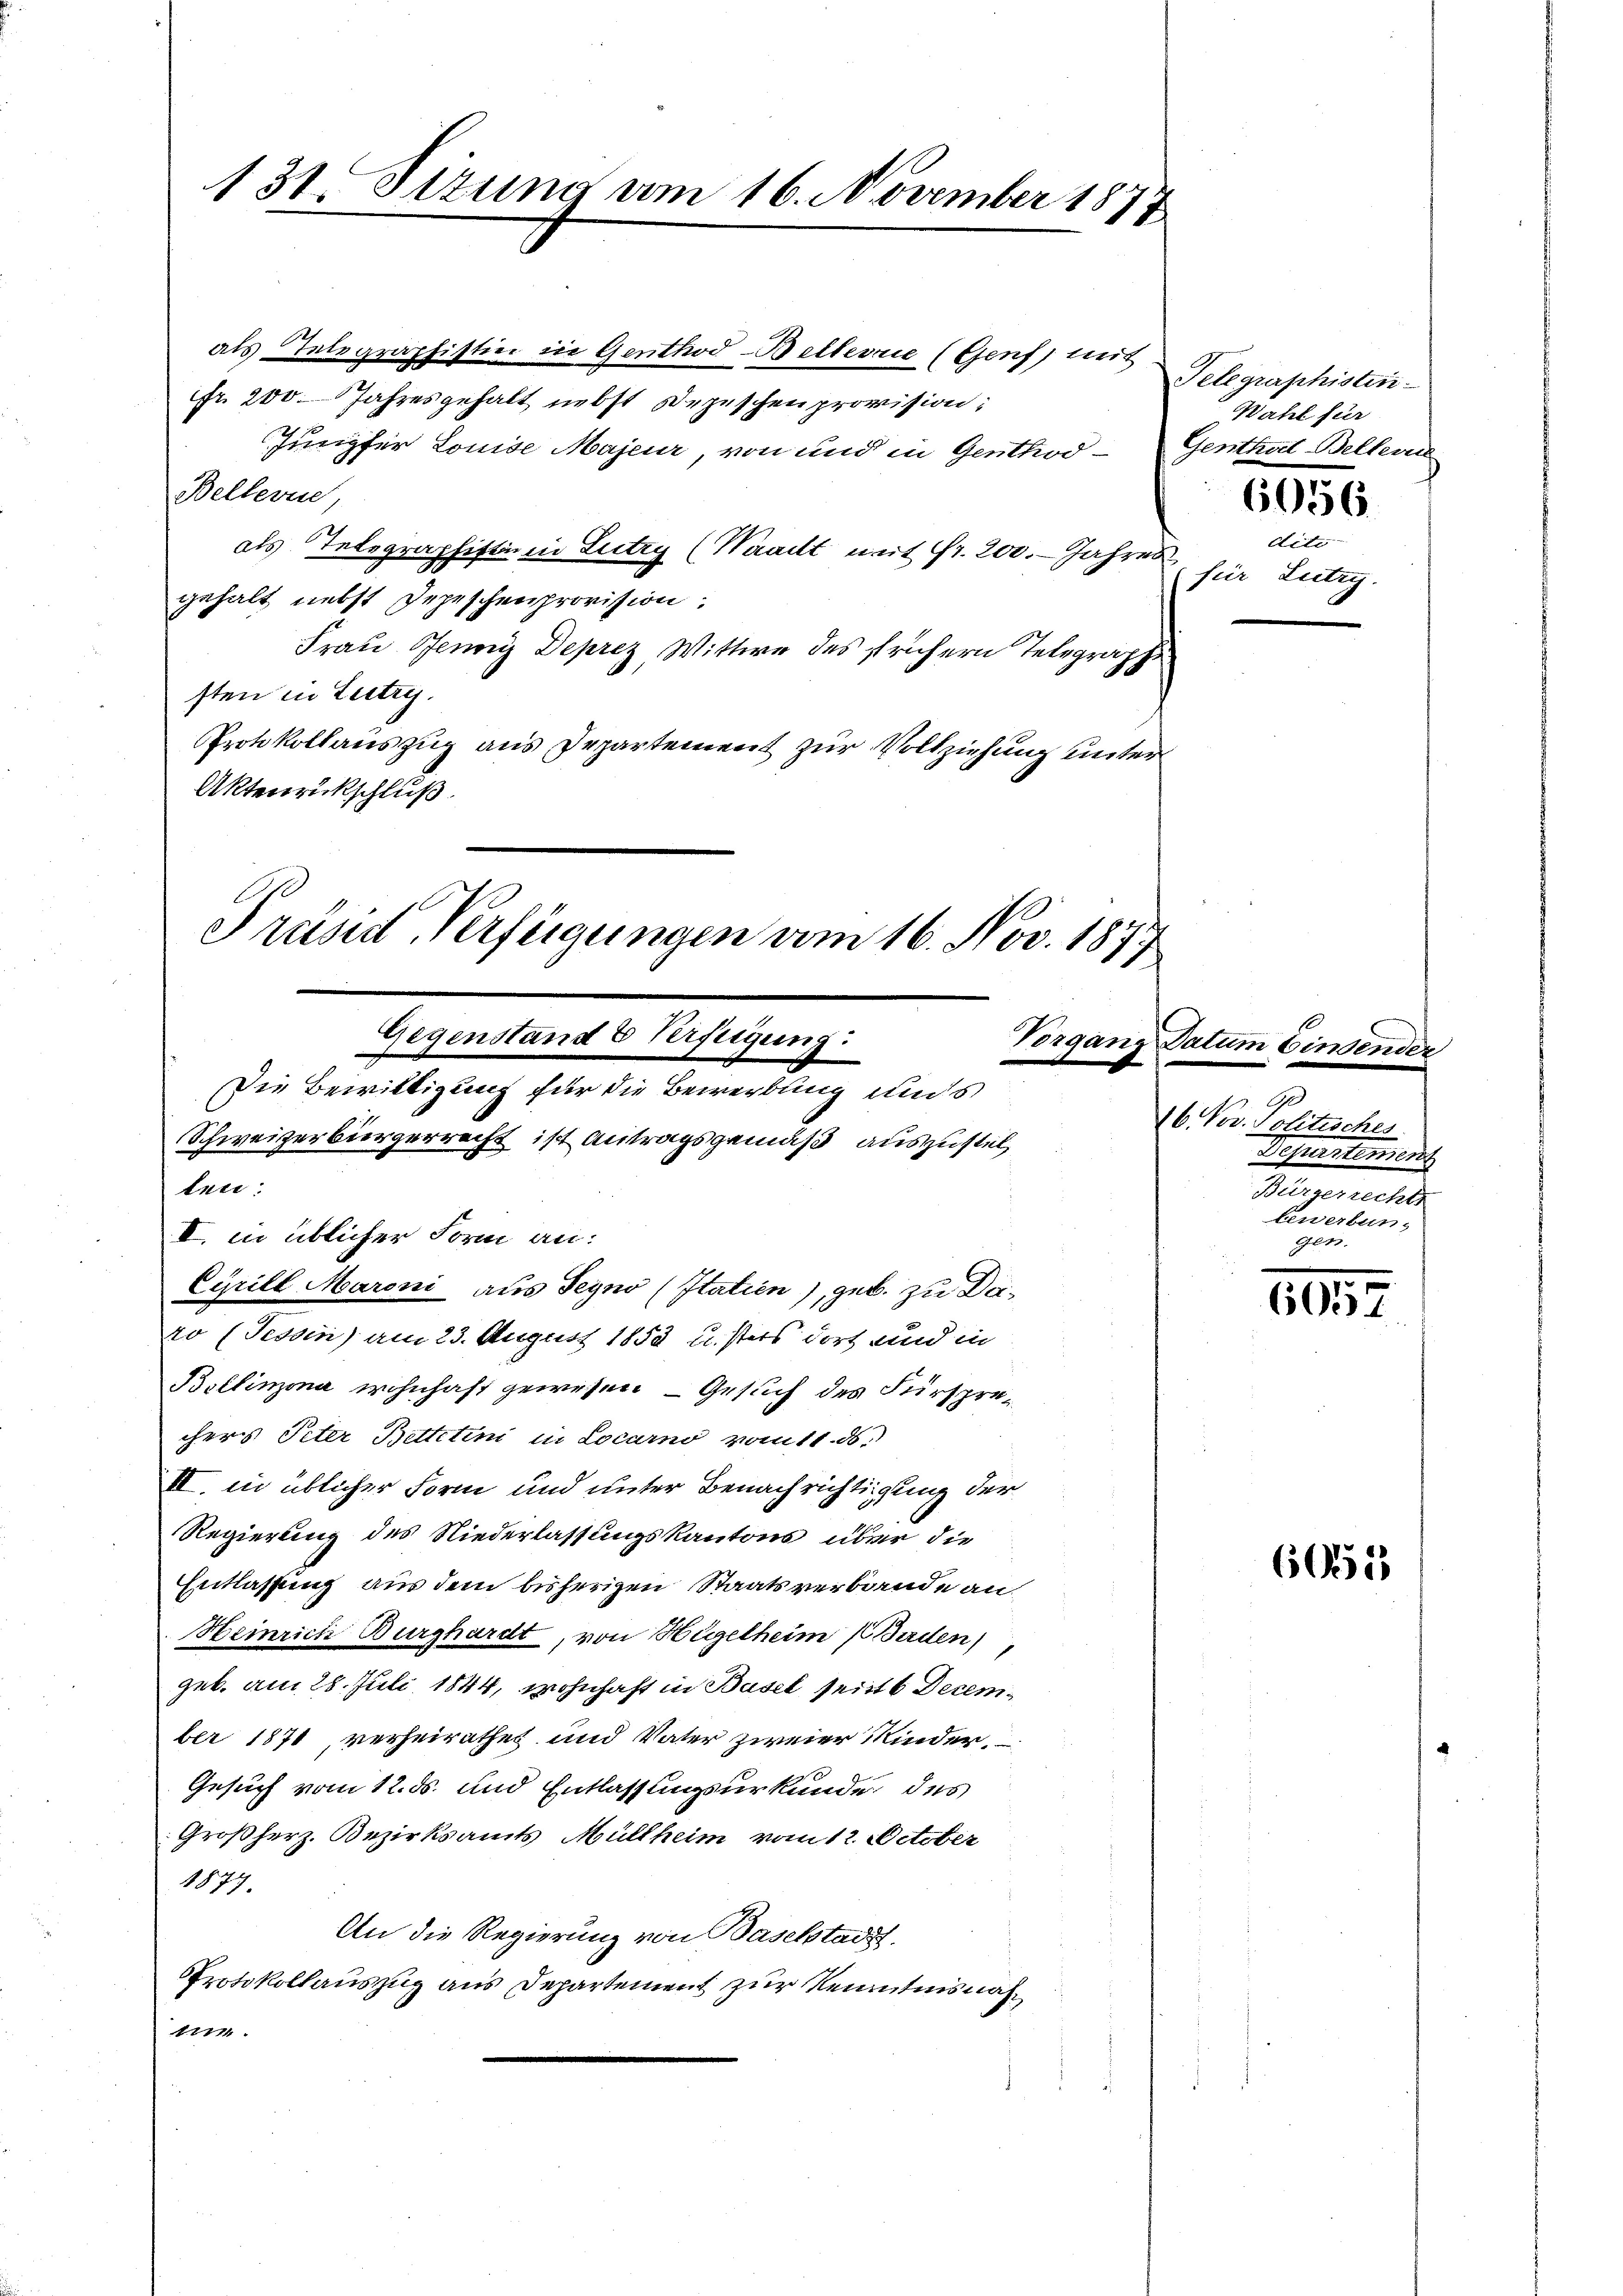
131. Sitzung am 16. November 1877

als Telegraphistin in Genthod-Bellerie (Genf, mit
Fr. 200. Jahresgehalt nebst Depeschen provision:
Jungfer Louise Majeur, von und in Genthod¬
Bellevue,
als Telegraphift in Lutry (Waadt mit Fr. 200. Jahres
gehalt nebst Depeschenprovision:
Frau Jenni Deprez Wittwe des frühern Telegraph
sten in Lutry.
Protokollauszug aus Departement zur Vollziehung unter
Aktenrückschluß

ten:
ro (Tessin) am 23. August 1853 usters dort und in

Gegenstand & Verfügung:
Vorgang Datu
Die Bewilligung für die Bewerbung unds
Schweizerbürgerrecht ist Antragsgemäß auszustel¬
II. in üblicher Form an:
Cyrill Maroni aus Seyno (Statien), geb. zu Da¬

Präsid, Verfügungen vom 16. Nov. 187

Bollinzona wohnhaft gewesen - Gesuch des Fürsprechers Peter Bettetini in Locarno vom 11. ds.
II. in üblicher Form und unter Benachrichtigung der
Regierung des Niederlassungskantons über die
Entlassung aus dem bisherigen Staatsverbande an¬
Heinrich Burghardt, von Hügelheim Baden)
geb. am 28. Juli 1844, wohnhaft in Basel sein December 1871, verheirathet und Vater zweier Kinder,
Gesuch vom 12. ds. und Entlassungsurkunde des
Großherz. Bezirksamts Müllheim vom 12. October
1877.
An die Regierung von Baselstadt.
Protokollauszug aus Departement zur Kenntnisnah¬
11771

Telegraphisten
Wahl für
Genthal Bellerie

6056

dite
für Lecti

1
16. Nov. Politisches
Departement
Bürgerrechts
Eewerbungen.

605

60555